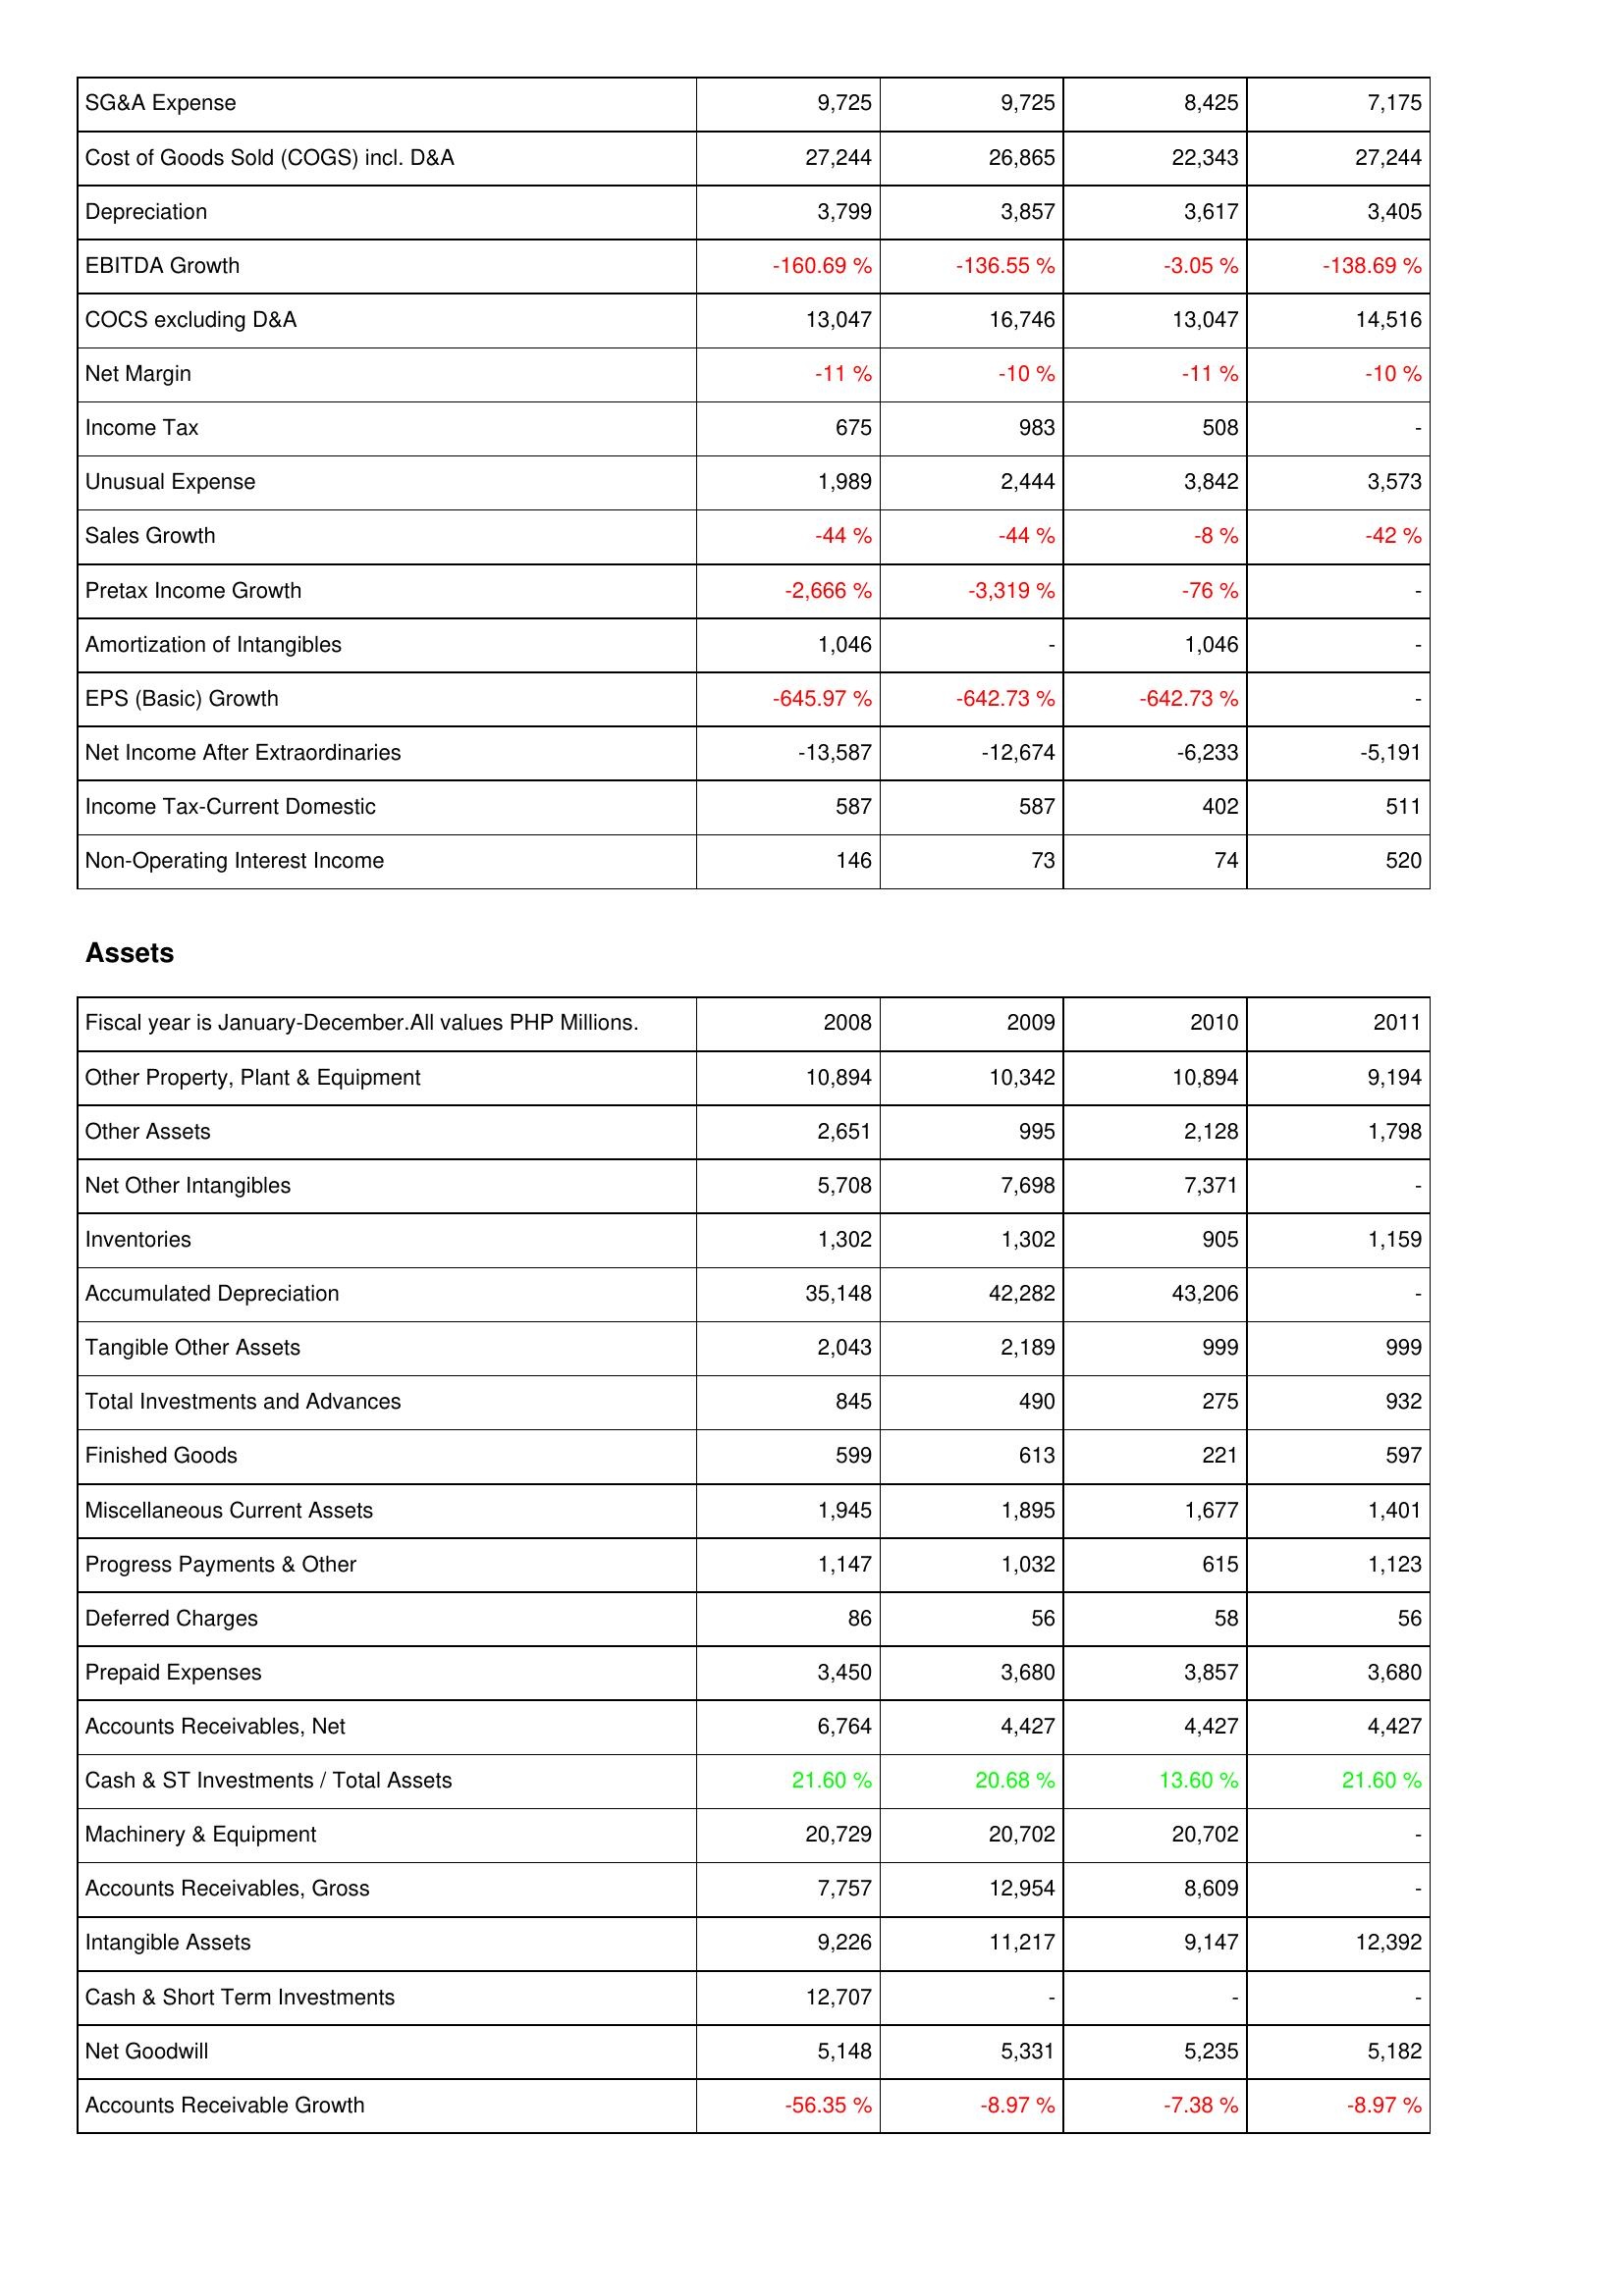
2008: Income Statement: SG&A Expense: 9,725
Cost of Goods Sold (COGS) incl. D&A: 27,244
Depreciation: 3,799
EBITDA Growth: -160.69 %
COCS excluding D&A: 13,047
Net Margin: -11 %
Income Tax: 675
Unusual Expense: 1,989
Sales Growth: -44 %
Pretax Income Growth: -2,666 %
Amortization of Intangibles: 1,046
EPS (Basic) Growth: -645.97 %
Net Income After Extraordinaries: -13,587
Income Tax-Current Domestic: 587
Non-Operating Interest Income: 146
Assets: Other Property, Plant & Equipment: 10,894
Other Assets: 2,651
Net Other Intangibles: 5,708
Inventories: 1,302
Accumulated Depreciation: 35,148
Tangible Other Assets: 2,043
Total Investments and Advances: 845
Finished Goods: 599
Miscellaneous Current Assets: 1,945
Progress Payments & Other: 1,147
Deferred Charges: 86
Prepaid Expenses: 3,450
Accounts Receivables, Net: 6,764
Cash & ST Investments / Total Assets: 21.60 %
Machinery & Equipment: 20,729
Accounts Receivables, Gross: 7,757
Intangible Assets: 9,226
Cash & Short Term Investments: 12,707
Net Goodwill: 5,148
Accounts Receivable Growth: -56.35 %
2009: Income Statement: SG&A Expense: 9,725
Cost of Goods Sold (COGS) incl. D&A: 26,865
Depreciation: 3,857
EBITDA Growth: -136.55 %
COCS excluding D&A: 16,746
Net Margin: -10 %
Income Tax: 983
Unusual Expense: 2,444
Sales Growth: -44 %
Pretax Income Growth: -3,319 %
Amortization of Intangibles: -
EPS (Basic) Growth: -642.73 %
Net Income After Extraordinaries: -12,674
Income Tax-Current Domestic: 587
Non-Operating Interest Income: 73
Assets: Other Property, Plant & Equipment: 10,342
Other Assets: 995
Net Other Intangibles: 7,698
Inventories: 1,302
Accumulated Depreciation: 42,282
Tangible Other Assets: 2,189
Total Investments and Advances: 490
Finished Goods: 613
Miscellaneous Current Assets: 1,895
Progress Payments & Other: 1,032
Deferred Charges: 56
Prepaid Expenses: 3,680
Accounts Receivables, Net: 4,427
Cash & ST Investments / Total Assets: 20.68 %
Machinery & Equipment: 20,702
Accounts Receivables, Gross: 12,954
Intangible Assets: 11,217
Cash & Short Term Investments: -
Net Goodwill: 5,331
Accounts Receivable Growth: -8.97 %
2010: Income Statement: SG&A Expense: 8,425
Cost of Goods Sold (COGS) incl. D&A: 22,343
Depreciation: 3,617
EBITDA Growth: -3.05 %
COCS excluding D&A: 13,047
Net Margin: -11 %
Income Tax: 508
Unusual Expense: 3,842
Sales Growth: -8 %
Pretax Income Growth: -76 %
Amortization of Intangibles: 1,046
EPS (Basic) Growth: -642.73 %
Net Income After Extraordinaries: -6,233
Income Tax-Current Domestic: 402
Non-Operating Interest Income: 74
Assets: Other Property, Plant & Equipment: 10,894
Other Assets: 2,128
Net Other Intangibles: 7,371
Inventories: 905
Accumulated Depreciation: 43,206
Tangible Other Assets: 999
Total Investments and Advances: 275
Finished Goods: 221
Miscellaneous Current Assets: 1,677
Progress Payments & Other: 615
Deferred Charges: 58
Prepaid Expenses: 3,857
Accounts Receivables, Net: 4,427
Cash & ST Investments / Total Assets: 13.60 %
Machinery & Equipment: 20,702
Accounts Receivables, Gross: 8,609
Intangible Assets: 9,147
Cash & Short Term Investments: -
Net Goodwill: 5,235
Accounts Receivable Growth: -7.38 %
2011: Income Statement: SG&A Expense: 7,175
Cost of Goods Sold (COGS) incl. D&A: 27,244
Depreciation: 3,405
EBITDA Growth: -138.69 %
COCS excluding D&A: 14,516
Net Margin: -10 %
Income Tax: -
Unusual Expense: 3,573
Sales Growth: -42 %
Pretax Income Growth: -
Amortization of Intangibles: -
EPS (Basic) Growth: -
Net Income After Extraordinaries: -5,191
Income Tax-Current Domestic: 511
Non-Operating Interest Income: 520
Assets: Other Property, Plant & Equipment: 9,194
Other Assets: 1,798
Net Other Intangibles: -
Inventories: 1,159
Accumulated Depreciation: -
Tangible Other Assets: 999
Total Investments and Advances: 932
Finished Goods: 597
Miscellaneous Current Assets: 1,401
Progress Payments & Other: 1,123
Deferred Charges: 56
Prepaid Expenses: 3,680
Accounts Receivables, Net: 4,427
Cash & ST Investments / Total Assets: 21.60 %
Machinery & Equipment: -
Accounts Receivables, Gross: -
Intangible Assets: 12,392
Cash & Short Term Investments: -
Net Goodwill: 5,182
Accounts Receivable Growth: -8.97 %